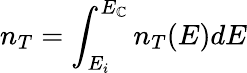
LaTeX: n_{T}=\int_{E_{i}}^{E_{\mathbb{C}}}n_{T}(E)dE